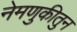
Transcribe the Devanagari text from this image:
नेमणुकीतुन